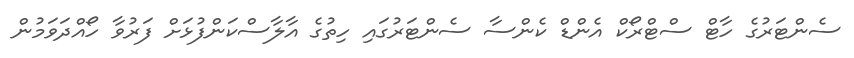
ސެންޓަރުގެ ހާޓް ސްޓްރޯކް އެންޑް ކެންސާ ސެންޓަރުގައި ހިތުގެ އާލާސްކަންފުޅަށް ފަރުވާ ހޯއްދަވަމުން